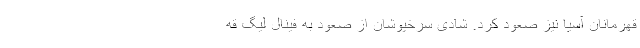
قهرمانان آسیا نیز صعود کرد. شادی سرخپوشان از صعود به فینال لیگ قه